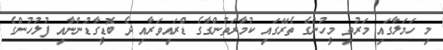
މި ހަމަލާގައި މަރުވި މީހުންގެ ތެރޭގައި ކުމާރަތުންގާގެ ޑްރައިވަރާއި ދެ ބޮޑީގާޑުންނާއި ފުލުހުންގެ